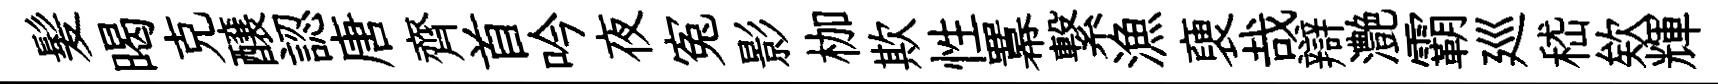
髪暍克醸認唐齊首吟夜寃影枷欺性羃繋漁褏哉辯灔霸廵嵇欸輝